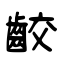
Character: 齩